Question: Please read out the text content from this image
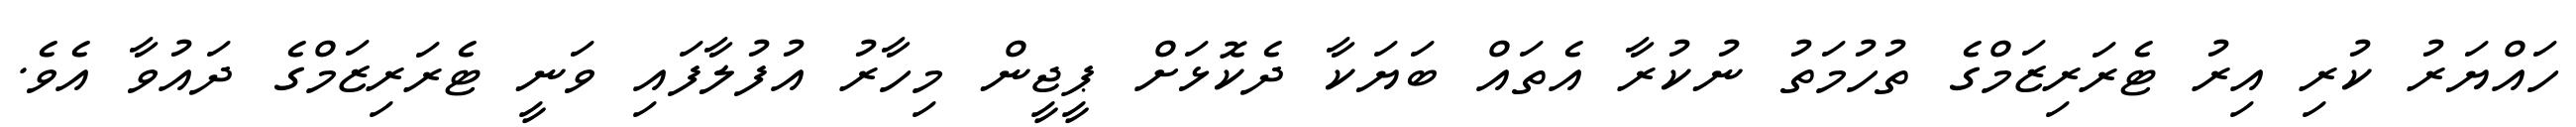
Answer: ހައްޔަރު ކުރި އިރު ޓެރަރިޒަމްގެ ތުހުމަތު ނުކުރާ އެތައް ބަޔަކާ ދެކޮޅަށް ޕީޖީން މިހާރު އުފުލާފައި ވަނީ ޓެރަރިޒަމްގެ ދައުވާ އެވެ.